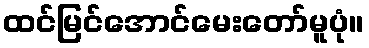
ထင်မြင်အောင်မေးတော်မူပုံ။